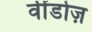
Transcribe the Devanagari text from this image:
वींडोज़